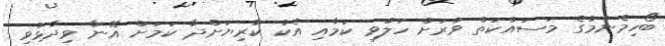
ބޯހިމެނުމުގެ މަސައްކަތް ވަރަށް ހަލުވި ކަމާއި އެކު ކުރިޔަށްދާ ކަމަށް އޭނާ ވިދާޅުވި